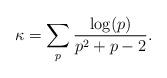
LaTeX: \begin{align*}\kappa=\sum_p\frac{\log(p)}{p^2+p-2}.\end{align*}